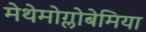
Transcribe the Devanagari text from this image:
मेथेमोग्लोबेमिया